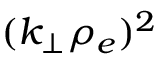
( k _ { \perp } \rho _ { e } ) ^ { 2 }